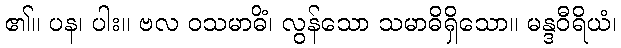
၏။ ပန၊ ပါး။ ဗလ ဝသမာဓိံ၊ လွန်သော သမာဓိရှိသော။ မန္ဒဝီရိယံ၊